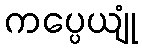
ကပ္ပေယျုံ